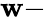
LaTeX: \mathbf{w}-